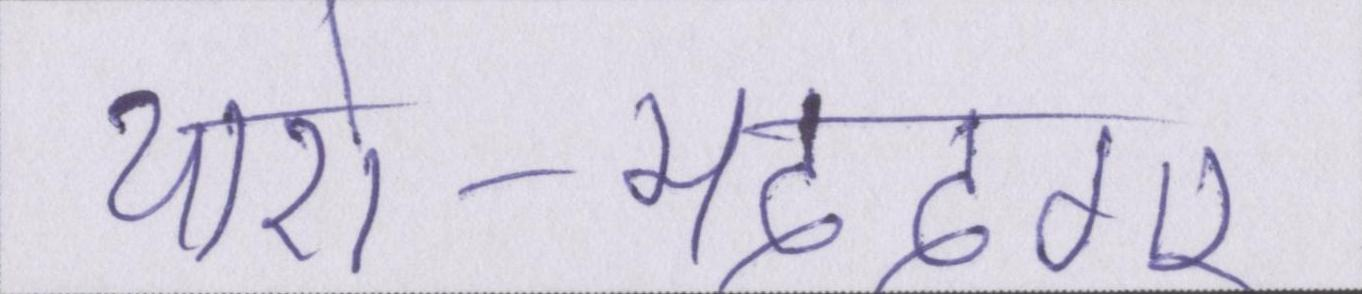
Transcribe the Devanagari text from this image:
यारो-मददगार